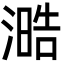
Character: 㵆